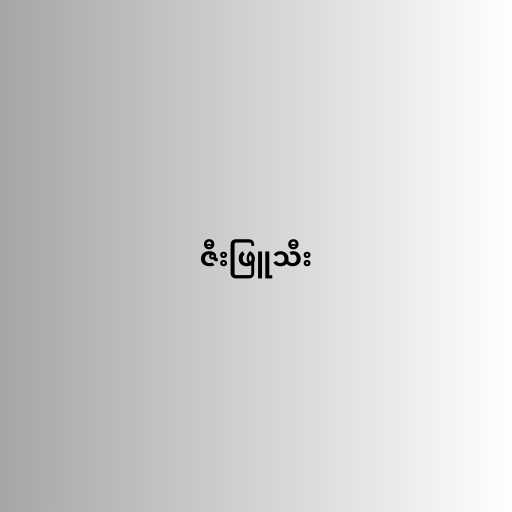
ဇီးဖြူသီး